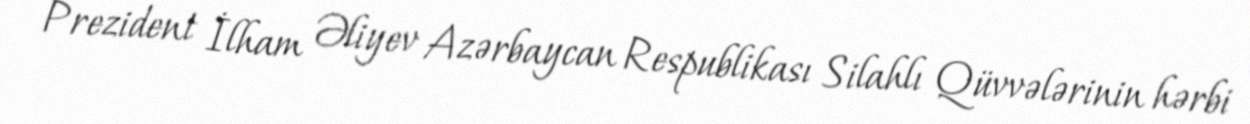
Prezident İlham Əliyev Azərbaycan Respublikası Silahlı Qüvvələrinin hərbi